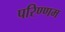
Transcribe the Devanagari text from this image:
परिण्णम